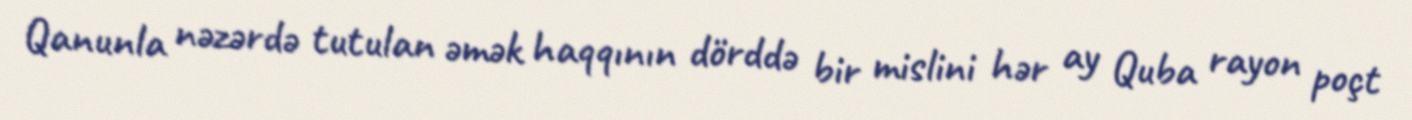
Qanunla nəzərdə tutulan əmək haqqının dörddə bir mislini hər ay Quba rayon poçt